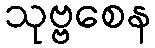
သုဗ္ဗစေန